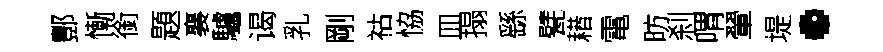
酆慚銜題襄驢谒乳剛祜恊皿搨繇甓耤電昉刹喟翬堤·